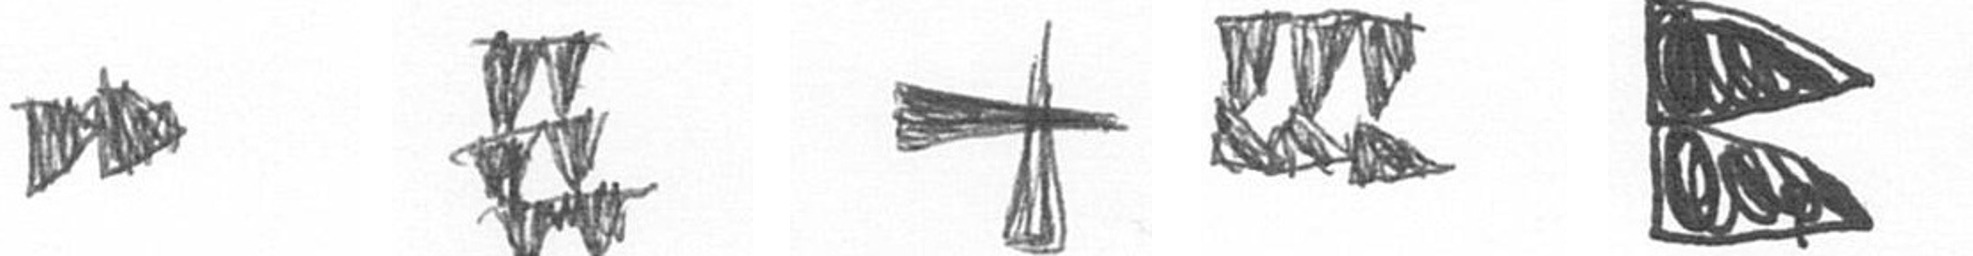
A Y G D P